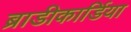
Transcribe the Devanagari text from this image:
ब्राडीकार्डिया